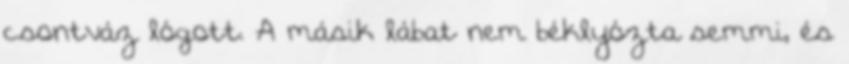
csontváz lógott. A másik lábat nem béklyózta semmi, és